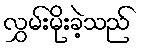
လွှမ်းမိုးခဲ့သည်